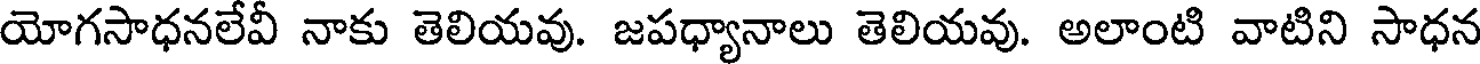
యోగసాధనలేవీ నాకు తెలియవు. జపధ్యానాలు తెలియవు. అలాంటి వాటిని సాధన